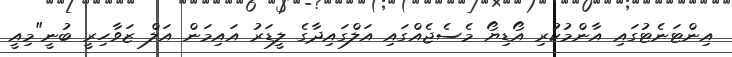
އިންޓަނެޓުގައި އާންމުކުރި އޯޑިޔޯ މެސެޖެއްގައި އަލްގައިދާގެ ލީޑަރު އައިމަން އަލް ޒަވާހިރީ ބުނީ"މިއީ